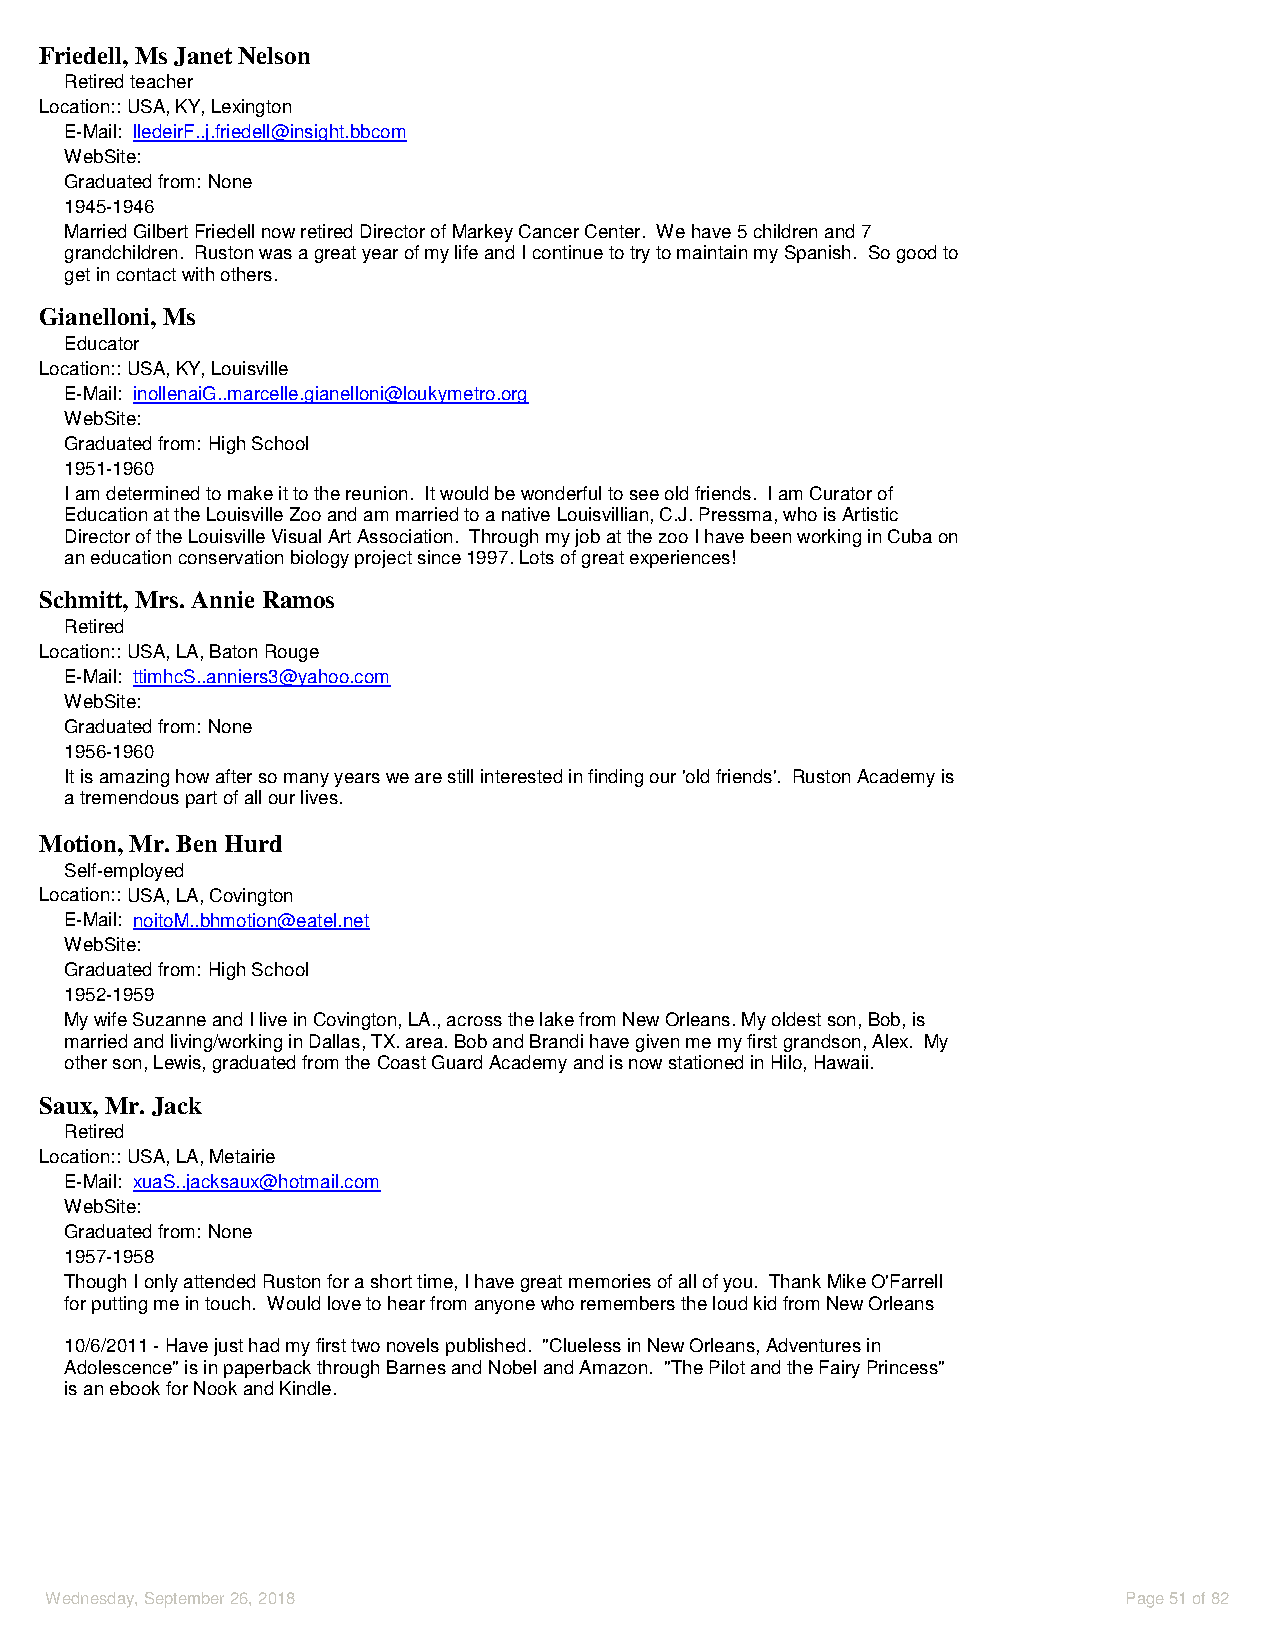
Friedell, Ms Janet Nelson
 Retired teacher
 Location::USA, KY, Lexington
 E-Mail: lledeirF..j.friedell@insight.bbcom
 WebSite:
 Graduated from: None
 1945-1946
 Married Gilbert Friedell now retired Director of Markey Cancer Center. We have 5 children and 7
 grandchildren. Ruston was a great year of my life and I continue to try to maintain my Spanish. So good to
 get in contact with others.
 Gianelloni, Ms
 Educator
 Location::USA, KY, Louisville
 E-Mail: inollenaiG..marcelle.gianelloni@loukymetro.org
 WebSite:
 Graduated from: High School
 1951-1960
 I am determined to make it to the reunion. It would be wonderful to see old friends. I am Curator of
 Education at the Louisville Zoo and am married to a native Louisvillian, C.J. Pressma, who is Artistic
 Director of the Louisville Visual Art Association. Through my job at the zoo I have been working in Cuba on
 an education conservation biology project since 1997. Lots of great experiences!
 Schmitt, Mrs. Annie Ramos
 Retired
 Location::USA, LA, Baton Rouge
 E-Mail: ttimhcS..anniers3@yahoo.com
 WebSite:
 Graduated from: None
 1956-1960
 It is amazing how after so many years we are still interested in finding our 'old friends'. Ruston Academy is
 a tremendous part of all our lives.
 Motion, Mr. Ben Hurd
 Self-employed
 Location::USA, LA, Covington
 E-Mail: noitoM..bhmotion@eatel.net
 WebSite:
 Graduated from: High School
 1952-1959
 My wife Suzanne and I live in Covington, LA., across the lake from New Orleans. My oldest son, Bob, is
 married and living/working in Dallas, TX. area. Bob and Brandi have given me my first grandson, Alex. My
 other son, Lewis, graduated from the Coast Guard Academy and is now stationed in Hilo, Hawaii.
 Saux, Mr. Jack
 Retired
 Location::USA, LA, Metairie
 E-Mail: xuaS..jacksaux@hotmail.com
 WebSite:
 Graduated from: None
 1957-1958
 Though I only attended Ruston for a short time, I have great memories of all of you. Thank Mike O'Farrell
 for putting me in touch. Would love to hear from anyone who remembers the loud kid from New Orleans
 10/6/2011 - Have just had my first two novels published. "Clueless in New Orleans, Adventures in
 Adolescence" is in paperback through Barnes and Nobel and Amazon. "The Pilot and the Fairy Princess"
 is an ebook for Nook and Kindle.
 Wednesday, September 26, 2018                                           Page 51 of 82